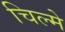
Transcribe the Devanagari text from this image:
चिल्मे